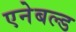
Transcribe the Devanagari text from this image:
एनेबल्ड